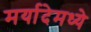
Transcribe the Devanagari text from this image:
मर्यादेमध्ये